Civil Veterinary Dept. North-West Frontier Province 1901-22 - 1901-1922
Year: 1901
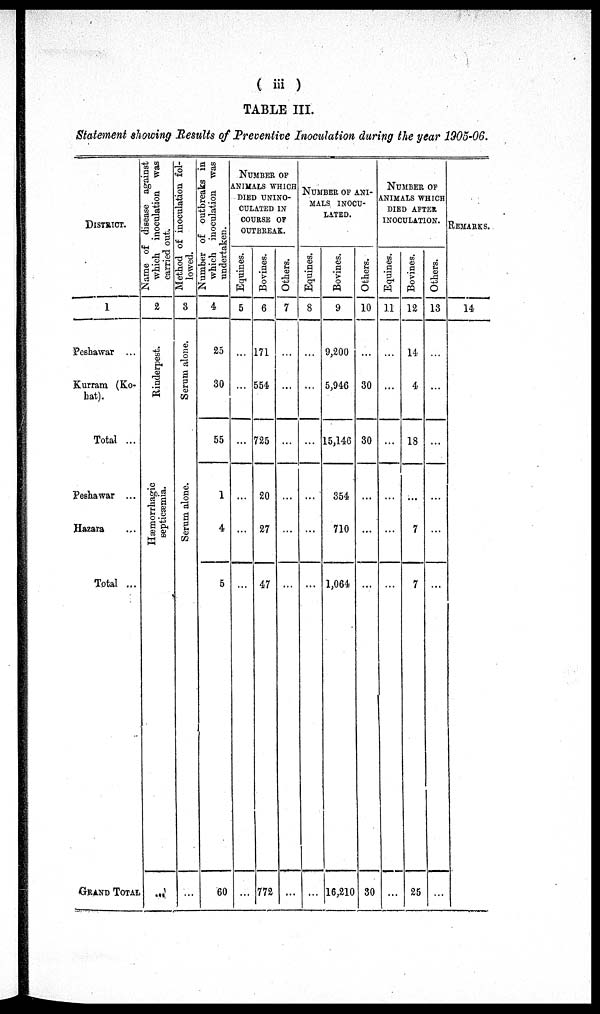
( iii )
TABLE III.
Statement showing Results of Preventive Inoculation during the year 1905-06.
DISTRICT.
1
Peshawar ...
Kurram (Ko¬
hat).
Total ...
Peshawar ...
Hazara ...
Total ...
GRAND TOTAL
Name of disease against
which inoculation was
carried out.
2
Rinderpest.
Hæmorrhagic
septicæmia.
...
Method of inoculation fol-
lowed.
3
Serum alone.
Serum alone.
...
Number of outbreaks in
which inoculation was
undertaken.
4
25
30
55
1
4
5
60
NUMBER OF
ANIMALS WHICH
DIED UNINO¬
CULATED IN
COURSE OF
OUTBREAK.
Equines.
5
...
...
...
...
...
...
...
Bovines.
6
171
554
725
20
27
47
772
Others.
7
...
...
...
...
...
...
...
NUMBER OF ANI-
---- INOCU-
LATED.
Equines.
8
...
...
...
...
...
...
...
Bovines.
9
9,200
5,946
15,146
354
710
1,064
16,210
Others.
10
...
30
30
...
...
...
30
NUMBER OF
ANIMALS WHICH
DIED AFTER
INOCULATION.
Equines.
11
...
...
...
...
...
...
...
Bovines.
12
14
4
18
...
7
7
25
Others.
13
...
...
...
...
...
...
...
REMARKS.
14